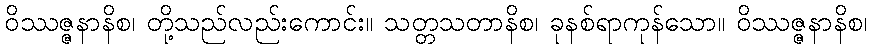
ဝိဿဇ္ဇနာနိစ၊ တို့သည်လည်းကောင်း။ သတ္တသတာနိစ၊ ခုနစ်ရာကုန်သော။ ဝိဿဇ္ဇနာနိစ၊